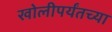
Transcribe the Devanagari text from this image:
खोलीपर्यंतच्या